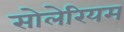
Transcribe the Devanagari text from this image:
सोलेरियम